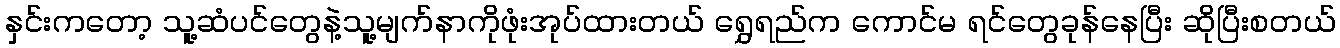
နှင်းကတော့ သူ့ဆံပင်တွေနဲ့သူ့မျက်နာကိုဖုံးအုပ်ထားတယ် ရွှေရည်က ကောင်မ ရင်တွေခုန်နေပြီး ဆိုပြီးစတယ်